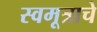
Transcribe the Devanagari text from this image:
स्वमूत्राचे